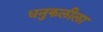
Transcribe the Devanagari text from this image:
धनुकलीला